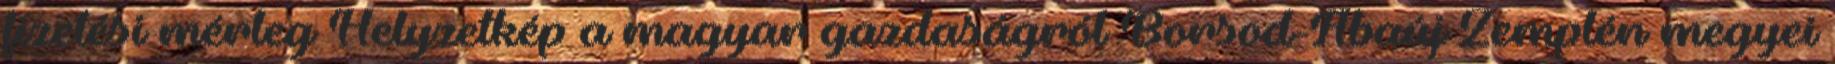
fizetési mérleg Helyzetkép a magyar gazdaságról Borsod-Abaúj Zemplén megyei